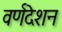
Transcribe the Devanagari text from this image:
वर्णदेशन